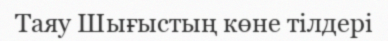
Таяу Шығыстың көне тілдері